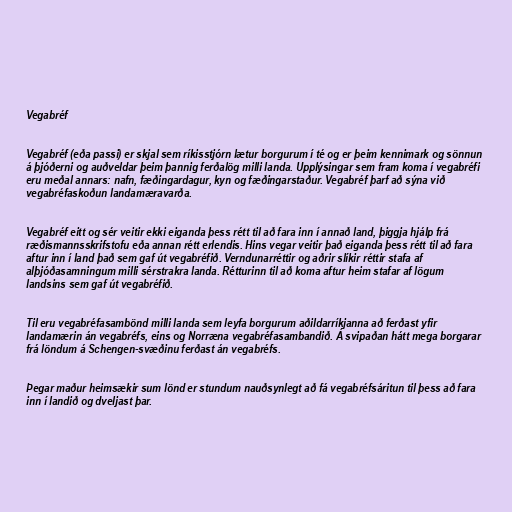
Vegabréf

Vegabréf (eða passi) er skjal sem ríkisstjórn lætur borgurum í té og er þeim kennimark og sönnun
á þjóðerni og auðveldar þeim þannig ferðalög milli landa. Upplýsingar sem fram koma í vegabréfi
eru meðal annars: nafn, fæðingardagur, kyn og fæðingarstaður. Vegabréf þarf að sýna við
vegabréfaskoðun landamæravarða.

Vegabréf eitt og sér veitir ekki eiganda þess rétt til að fara inn í annað land, þiggja hjálp frá
ræðismannsskrifstofu eða annan rétt erlendis. Hins vegar veitir það eiganda þess rétt til að fara
aftur inn í land það sem gaf út vegabréfið. Verndunarréttir og aðrir slíkir réttir stafa af
alþjóðasamningum milli sérstrakra landa. Rétturinn til að koma aftur heim stafar af lögum
landsins sem gaf út vegabréfið.

Til eru vegabréfasambönd milli landa sem leyfa borgurum aðildarríkjanna að ferðast yfir
landamærin án vegabréfs, eins og Norræna vegabréfasambandið. Á svipaðan hátt mega borgarar
frá löndum á Schengen-svæðinu ferðast án vegabréfs.

Þegar maður heimsækir sum lönd er stundum nauðsynlegt að fá vegabréfsáritun til þess að fara
inn í landið og dveljast þar.